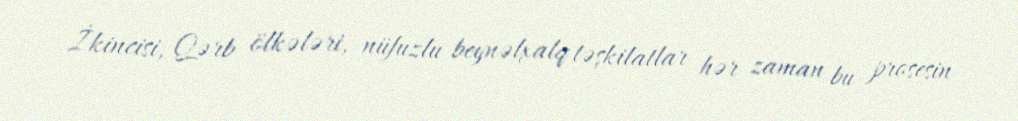
İkincisi, Qərb ölkələri, nüfuzlu beynəlxalq təşkilatlar hər zaman bu prosesin